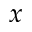
x